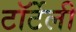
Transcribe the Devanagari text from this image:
टॉर्टेली